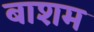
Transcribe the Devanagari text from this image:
बाशम